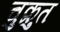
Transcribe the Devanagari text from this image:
चुक्रुत